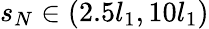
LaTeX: s_{N}\in(2.5l_{1},10l_{1})